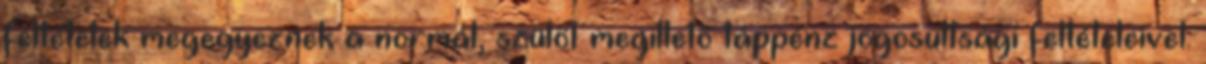
feltételek megegyeznek a normál, szülőt megillető táppénz jogosultsági feltételeivel.